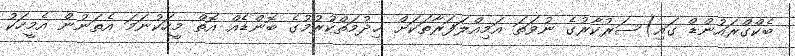
ބެކްގްރައުންޑް ގައި)ސަރުކާރުގެ ނުވަތަ އަމިއްލަފަރާތަކަށް ޚިދުމަތްކުރުމުގެ ބޮންޑެއް އޮތް މީހަކުނަމަ އެތަނުން އެމީހަކު